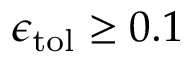
\epsilon _ { \mathrm { { t o l } } } \geq 0 . 1 \